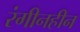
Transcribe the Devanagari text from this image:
रंगीनहीन